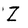
Character: Z